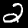
Digit: 2